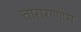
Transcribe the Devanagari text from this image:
ताराराणीस